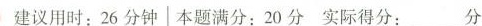
建议用时：26分钟 | 本题满分：20分 实际得分：___分